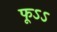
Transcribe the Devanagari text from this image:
फूऽऽ